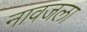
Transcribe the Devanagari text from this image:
नावजला